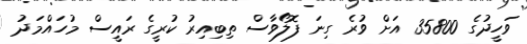
ވަހީދުގެ 35800 އަށް ވުރެ ގިނަ ފޮލޯވާސް ތިބިއިރު ކުރީގެ ރައީސް މުހައްމަދު